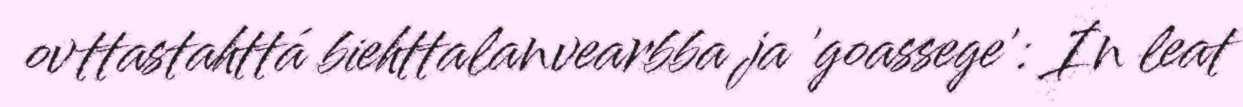
ovttastahttá biehttalanvearbba ja 'goassege': In leat